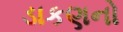
ડાકણનો